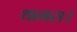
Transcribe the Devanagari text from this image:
थामस।